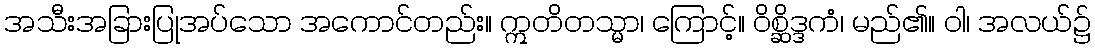
အသီးအခြားပြုအပ်သော အကောင်တည်း။ ဣတိတသ္မာ၊ ကြောင့်။ ဝိစ္ဆိဒ္ဒကံ၊ မည်၏။ ဝါ၊ အလယ်၌